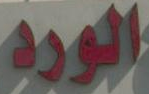
الورد